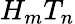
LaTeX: H_{m}T_{n}